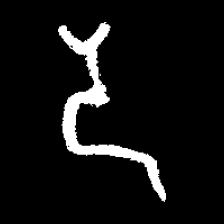
Pyu character \u2014 Myanmar letter: ဒ (romanized: da)